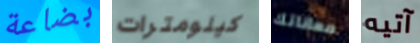
بضاعة كيلومترات معاناتك آتيه